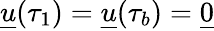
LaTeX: \underline{{u}}(\tau_{1})=\underline{{u}}(\tau_{b})=\underline{{0}}